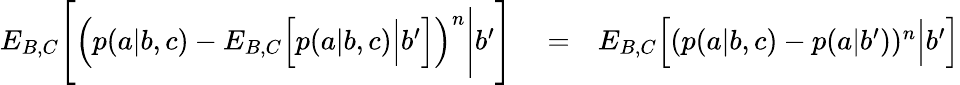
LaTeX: \begin{array}{rlr}{{E}_{B,C}\Bigg[\Big(p(a|b,c)-{E}_{B,C}\Big[p(a|b,c)\Big|b^{\prime}\Big]\Big)^{n}\Bigg|b^{\prime}\Bigg]}&{{}=}&{{E}_{B,C}\Big[(p(a|b,c)-p(a|b^{\prime}))^{n}\Big|b^{\prime}\Big]}\end{array}